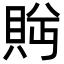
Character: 𬥕